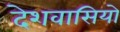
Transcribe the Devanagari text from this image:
देशवासियो